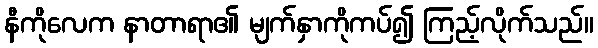
နီကိုလေက နာတာရာ၏ မျက်နှာကိုကပ်၍ ကြည့်လိုက်သည်။